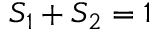
S _ { 1 } + S _ { 2 } = 1